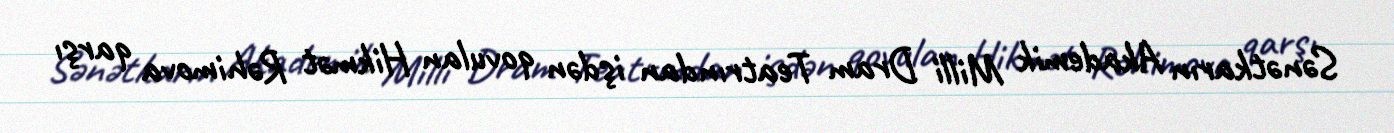
Sənətkarın Akademik Milli Dram Teatrından işdən qovulan Hikmət Rəhimova qarşı